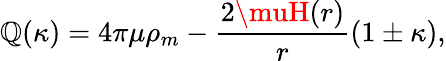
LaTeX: \mathbb{Q}(\kappa)=4\pi\mu\rho_{m}-\frac{{2\muH(r)}}{{r}}(1\pm\kappa),